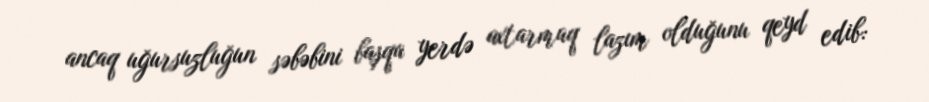
ancaq uğursuzluğun səbəbini başqa yerdə axtarmaq lazım olduğunu qeyd edib: